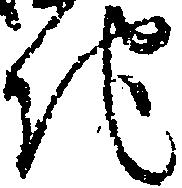
地